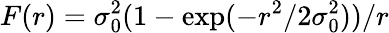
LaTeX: F(r)=\sigma_{0}^{2}(1-\exp(-r^{2}/2\sigma_{0}^{2}))/r